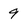
Character: 9